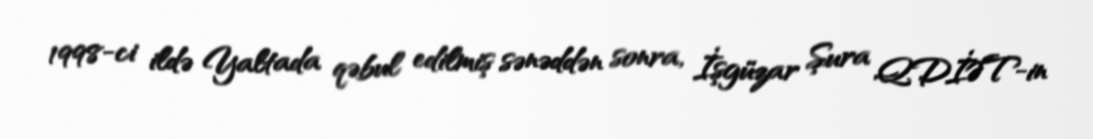
1998-ci ildə Yaltada qəbul edilmiş sənəddən sonra, İşgüzar Şura QDİƏT-in